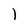
Character: l